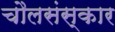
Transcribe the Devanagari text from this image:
चौलसंस्कार